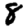
Digit: 8